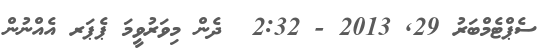
ސެޕްޓެމްބަރު 29